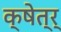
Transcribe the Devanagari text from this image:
क्षेत्र्‍